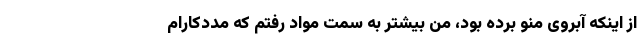
از اینکه آبروی منو برده بود، من بیشتر به سمت مواد رفتم که مددکارام